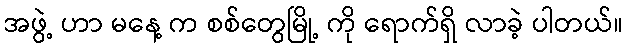
အဖွဲ့ ဟာ မနေ့ က စစ်တွေမြို့ ကို ရောက်ရှိ လာခဲ့ ပါတယ်။